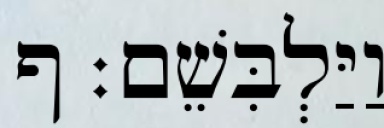
וַיַּלְבִּשֵׁם׃ ף